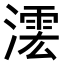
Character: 𣾲